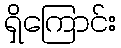
ရှိကြောင်း